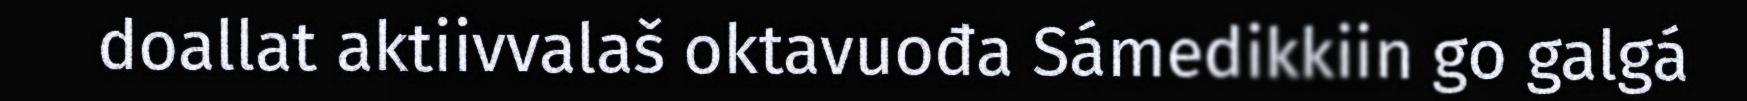
doallat aktiivvalaš oktavuođa Sámedikkiin go galgá